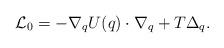
LaTeX: \begin{align*} \mathcal{L}_0 = - \nabla_q U(q)\cdot \nabla_q + T\Delta_q .\end{align*}